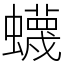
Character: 蠛